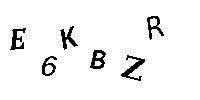
E6KBZR